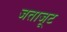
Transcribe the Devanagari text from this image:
जताजूट